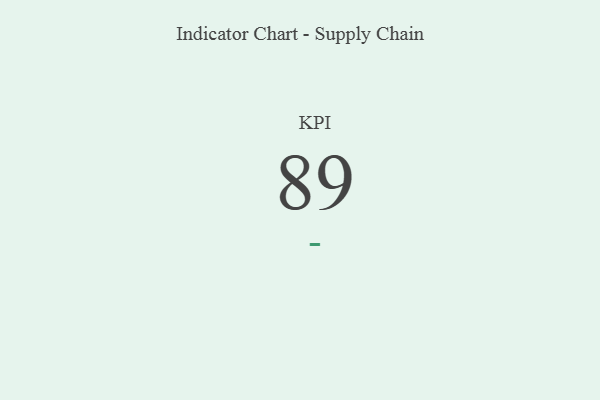
{"axis": {"x": "KPI", "y": "Value"}, "legend": [""], "data": [{"x": "KPI", "y": 89, "type": ""}]}